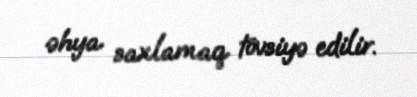
əhya saxlamaq tövsiyə edilir.